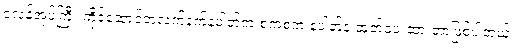
ဒလန်အုပ်ကြီး ကိုင်ဆောင်တဲ့လက်နက်နံပါတ်က စကစက နံပါတ်နဲ့ ထုတ်ပေးထားတာဖြစ်ပါတယ်။